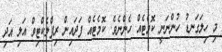
މި ހިލަގަނޑު ހުންނަނީ ކޮމެޓެއް ހެންނެވެ. ކޮމެޓެއް ފަދައިން ރިފްލެކްޓިވް އަލި އަދި